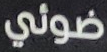
ضوئي